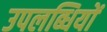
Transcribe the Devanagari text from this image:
उपलब्धियों